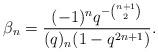
LaTeX: \begin{align*} \beta_n = \frac{(-1)^nq^{-\binom{n+1}{2}}}{(q)_{n}(1-q^{2n+1})}.\end{align*}